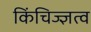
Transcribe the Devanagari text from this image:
किंचिज्ज्ञत्व